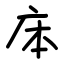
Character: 㡷